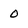
Character: 0